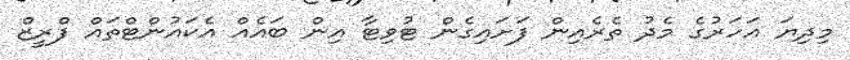
މިދިޔަ އަހަރުގެ މެދު ތެރެއިން ފަށައިގެން ޓުވިޓާ އިން ބައެއް އެކައުންޓްތައް ފްރީޒް